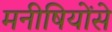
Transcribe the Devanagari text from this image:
मनीषियोंसे